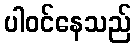
ပါဝင်နေသည်